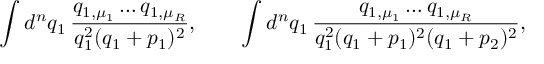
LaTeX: \int d ^ { n } q _ { 1 } \, \frac { q _ { 1 , \mu _ { 1 } } \dots q _ { 1 , \mu _ { R } } } { q _ { 1 } ^ { 2 } ( q _ { 1 } + p _ { 1 } ) ^ { 2 } } , \qquad \int d ^ { n } q _ { 1 } \, \frac { q _ { 1 , \mu _ { 1 } } \dots q _ { 1 , \mu _ { R } } } { q _ { 1 } ^ { 2 } ( q _ { 1 } + p _ { 1 } ) ^ { 2 } ( q _ { 1 } + p _ { 2 } ) ^ { 2 } } ,